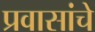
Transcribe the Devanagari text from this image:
प्रवासांचे